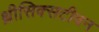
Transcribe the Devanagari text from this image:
थ्रीसिक्सटीवन